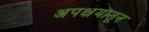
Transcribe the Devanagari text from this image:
अपक्षयातून